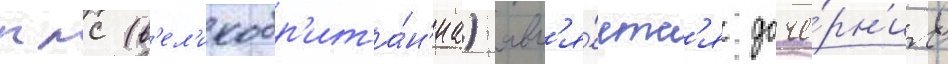
плс (в'ел'икобр'ита́н'иа) явл'я́етс'я доче́рн'им